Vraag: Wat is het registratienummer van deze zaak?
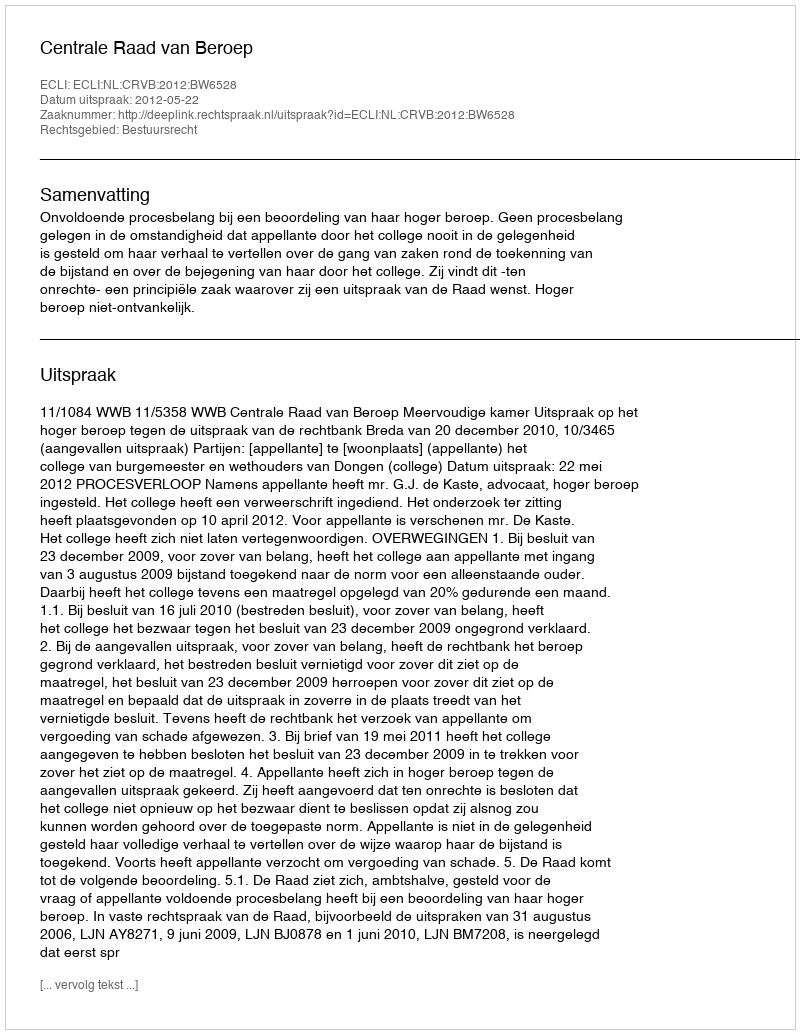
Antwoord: http://deeplink.rechtspraak.nl/uitspraak?id=ECLI:NL:CRVB:2012:BW6528